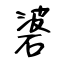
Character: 碆